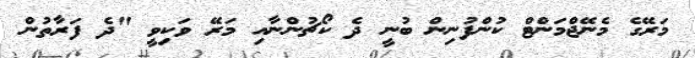
މަރޭގެ މެނޭޖްމަންޓް ކުންފުނިން ބުނީ ދެ ކޯޗުންނާއި މަރޭ ވަކިވީ "ދެ ފަރާތުން